Vaccination in Burma 1912-1922 - 1912-1922
Year: 1912
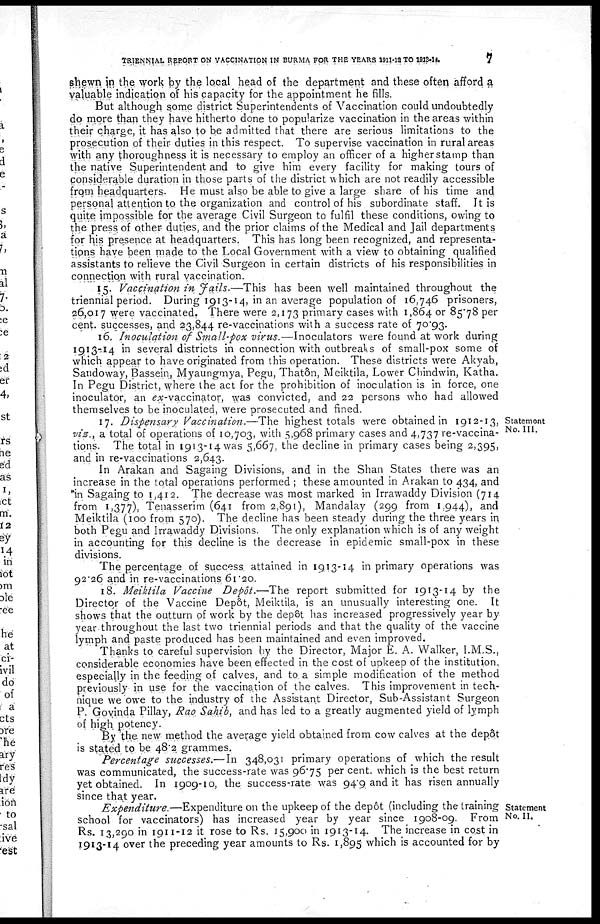
TRIENNIAL REPORT ON VACCINATION IN BURMA FOR THE YEARS 1011-13 TO 1913-14
7
shewn in the work by the local head of the department and these often afford a
valuable indication of his capacity for the appointment he fills.
But although some district Superintendents of Vaccination could undoubtedly
do more than they have hitherto done to popularize vaccination in the areas within
their charge, it has also to be admitted that there are serious limitations to the
prosecution of their duties in this respect. To supervise vaccination in rural areas
with any thoroughness it is necessary to employ an officer of a higher stamp than
the native Superintendent and to give him every facility for making tours of
considerable duration in those parts of the district which are not readily accessible
from headquarters. He must also be able to give a large share of his time and
personal attention to the organization and control of his subordinate staff. It is
quite impossible for the average Civil Surgeon to fulfil these conditions, owing to
the press of other duties, and the prior claims of the Medical and Jail departments
for his presence at headquarters. This has long been recognized, and representa-
tions have been made to the Local Government with a view to obtaining qualified
assistants to relieve the Civil Surgeon in certain districts of his responsibilities in
connection with rural vaccination.
15. Vaccination in Jails.—This has been well maintained throughout the
triennial period. During 1913-14, in an average population of 16,746 prisoners,
26,017 were vaccinated. There were 2,173 primary cases with 1,864 or 85.78 per
cent. successes, and 23,844 re-vaccinations with a success rate of 70.93.
16. Inoculation of Small-pox virus.—Inoculators were found at work during
1913-14 in several districts in connection with outbreaks of small-pox some of
which appear to have originated from this operation. These districts were Akyab,
Sandoway, Bassein, Myaungmya, Pegu, Thatôn, Meiktila, Lower Chindwin, Katha.
In Pegu District, where the act for the prohibition of inoculation is in force, one
inoculator, an ex-vaccinator, was convicted, and 22 persons who had allowed
themselves to be inoculated, were prosecuted and fined.
Statement
No. III.
17. Dispensary Vaccination.—The highest totals were obtained in 1912-13,
viz., a total of operations of 10,703, with 5,968 primary cases and 4,737 re-vaccina-
tions. The total in 1913-14 was 5,667, the decline in primary cases being 2,395,
and in re-vaccinations 2,643.
In Arakan and Sagaing Divisions, and in the Shan States there was an
increase in the total operations performed ; these amounted in Arakan to 434, and
in Sagaing to 1,412. The decrease was most marked in Irrawaddy Division (714
from 1,377), Tenasserim (641 from 2,891), Mandalay (299 from 1,944), and
Meiktila (100 from 570). The decline has been steady during the three years in
both Pegu and Irrawaddy Divisions. The only explanation which is of any weight
in accounting for this decline is the decrease in epidemic small-pox in these
divisions.
The percentage of success attained in 1913-14 in primary operations was
92.26 and in re-vaccinations 61.20.
18. Meiktila Vaccine Depôt.—The report submitted for 1913-14 by the
Director of the Vaccine Depôt, Meiktila, is an unusually interesting one. It
shows that the outturn of work by the depôt has increased progressively year by
year throughout the last two triennial periods and that the quality of the vaccine
lymph and paste produced has been maintained and even improved.
Thanks to careful supervision by the Director, Major E. A. Walker, I.M.S.,
considerable economies have been effected in the cost of upkeep of the institution,
especially in the feeding of calves, and to a simple modification of the method
previously in use for the vaccination of the calves. This improvement in tech-
nique we owe to the industry of the Assistant Director, Sub-Assistant Surgeon
P. Govinda Pillay, Rao Sahib, and has led to a greatly augmented yield of lymph
of high potency.
By the new method the average yield obtained from cow calves at the depôt
is stated to be 48.2 grammes.
Percentage successes.—In 348,031 primary operations of which the result
was communicated, the success-rate was 96.75 per cent. which is the best return
yet obtained. In 1909-10, the success-rate was 94.9 and it has risen annually
since that year.
Statement
No. II.
Expenditure.—Expenditure on the upkeep of the depôt (including the training
school for vaccinators) has increased year by year since 1908-09. From
Rs. 13,290 in 1911-12 it rose to Rs. 15,900 in 1913-14. The increase in cost in
1913-14 over the preceding year amounts to Rs. 1,895 which is accounted for by